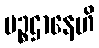
ပဉ္စဌာနေဟိ